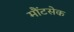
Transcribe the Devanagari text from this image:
मौंटसेक